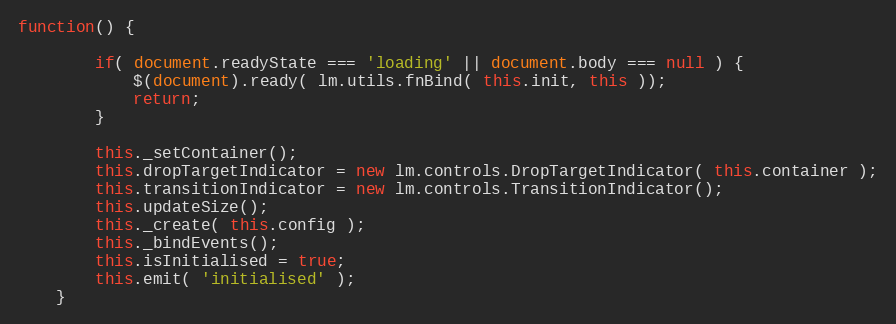
Language: JavaScript
function() {

		if( document.readyState === 'loading' || document.body === null ) {
			$(document).ready( lm.utils.fnBind( this.init, this ));
			return;
		}

		this._setContainer();
		this.dropTargetIndicator = new lm.controls.DropTargetIndicator( this.container );
		this.transitionIndicator = new lm.controls.TransitionIndicator();
		this.updateSize();
		this._create( this.config );
		this._bindEvents();
		this.isInitialised = true;
		this.emit( 'initialised' );
	}